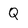
Character: Q